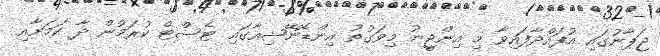
ޖަޕާނުގައި އުފައްދާފައިވާ މި އިންޖީނު މިވަގުތު އިންޑޮނޭޝިއާގައި ޓެސްޓް ކުރަމުން ދާ ކަމަށާއި